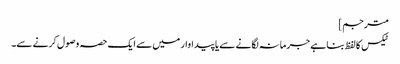
مترجم]
ٹیکس کا لفظ بنا ہے جرمانہ لگانے سے یا پیداوار میں سے ایک حصہ وصول کرنے سے۔